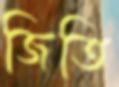
জিতি